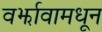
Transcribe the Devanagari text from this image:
वर्झावामधून